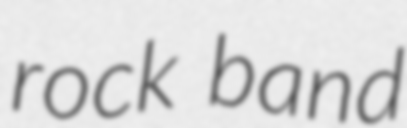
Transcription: rock band